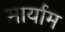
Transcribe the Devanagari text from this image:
मार्याम